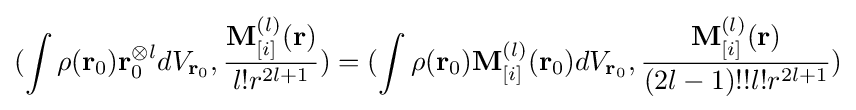
(\int \rho (\mathbf {r} _{0})\mathbf {r} _{0}^{\otimes l}dV_{\mathbf {r} _{0}},{\frac {\mathbf {M} _{[i]}^{(l)}(\mathbf {r} )}{l!r^{2l+1}}})=(\int \rho (\mathbf {r} _{0})\mathbf {M} _{[i]}^{(l)}(\mathbf {r} _{0})dV_{\mathbf {r} _{0}},{\frac {\mathbf {M} _{[i]}^{(l)}(\mathbf {r} )}{(2l-1)!!l!r^{2l+1}}})